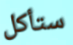
ستأكل